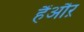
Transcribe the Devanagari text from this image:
हैंऔऱ